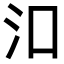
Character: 𬇖